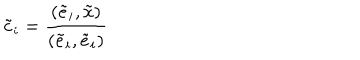
\tilde { c } _ { i } = \frac { ( \tilde { e } _ { i } , \tilde { x } ) } { ( \tilde { e } _ { i } , \tilde { e } _ { i } ) }